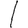
Digit: 1